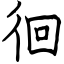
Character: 徊